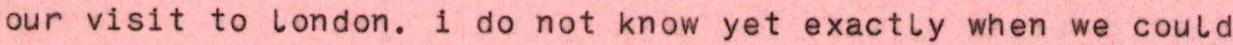
our visit to london. i do not know yet exactly when we could